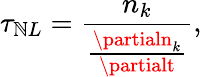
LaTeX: \tau_{\mathbb{N}L}=\frac{{n_{k}}}{{\frac{{\partialn_{k}}}{{\partialt}}}},